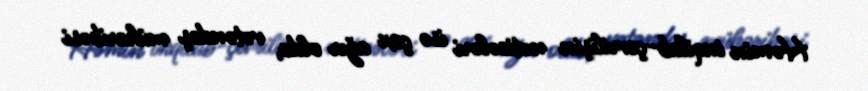
Həmin inqilab-çevrilişin nəticələri isə çox ağır oldu, vətəndaş müharibəsi